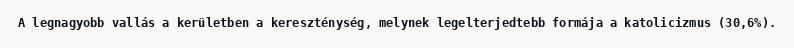
A legnagyobb vallás a kerületben a kereszténység, melynek legelterjedtebb formája a katolicizmus (30,6%).